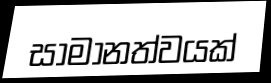
සාමානත්වයක්